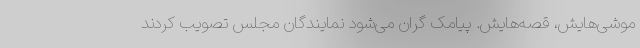
موشی‌هایش، قصه‌هایش. پیامک گران می‌شود نمایندگان مجلس تصویب کردند